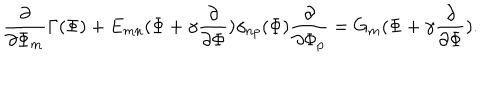
LaTeX: \frac { \partial } { \partial \Phi _ { m } } \Gamma ( \Phi ) + E _ { m n } ( \Phi + \gamma \frac { \partial } { \partial \Phi } ) \gamma _ { n p } ( \Phi ) \frac { \partial } { \partial \Phi _ { p } } = G _ { m } ( \Phi + \gamma \frac { \partial } { \partial \Phi } ) .